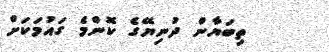
ތިބަޔާން ދުނިޔޭގެ ކޮންމެ ގައުމަކަށް